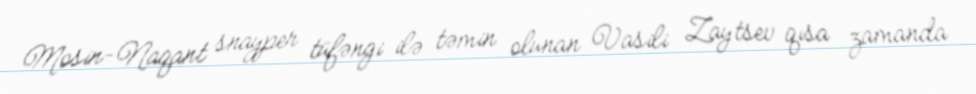
Mosin-Naqant snayper tüfəngi ilə təmin olunan Vasili Zaytsev qısa zamanda